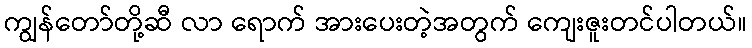
ကျွန်တော်တို့ဆီ လာ ရောက် အားပေးတဲ့အတွက် ကျေးဇူးတင်ပါတယ်။